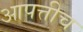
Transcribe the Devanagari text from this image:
आपत्तीच